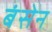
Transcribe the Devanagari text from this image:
बंसेन